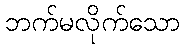
ဘက်မလိုက်သော